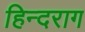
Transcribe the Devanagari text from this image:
हिन्दराग